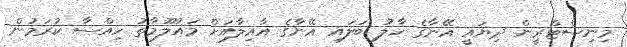
މިނިސްޓްރީން ދިޔައީ އޭނާގެ ހާލު ބަލައި އޭނާގެ އާއިލާއަށް މައުލޫމާތު ހިއްސާ ކުރަމުން